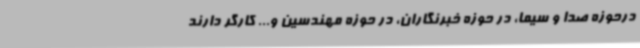
درحوزه صدا و سیما، در حوزه خبرنگاران، در حوزه مهندسین و... کارگر دارند